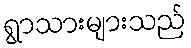
ရွာသားများသည်